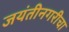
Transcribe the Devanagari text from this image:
जयंतीनगरीचा